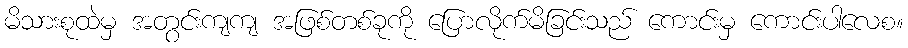
မိသားစုထဲမှ အတွင်းကျကျ အဖြစ်တစ်ခုကို ပြောလိုက်မိခြင်းသည် ကောင်းမှ ကောင်းပါလေစ။